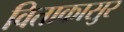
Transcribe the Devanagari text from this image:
विताकासुर